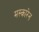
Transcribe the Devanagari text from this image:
मस्कारेन